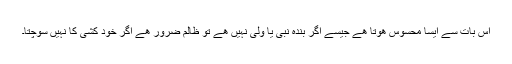
اس بات سے ایسا محسوس ھوتا ھے جیسے اگر بندہ نبی یا ولی نہیں ھے تو ظالم ضرور ھے اگر خود کشی کا نہیں سوچتا۔